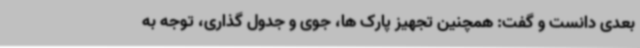
بعدی دانست و گفت: همچنین تجهیز پارک ها، جوی و جدول گذاری، توجه به